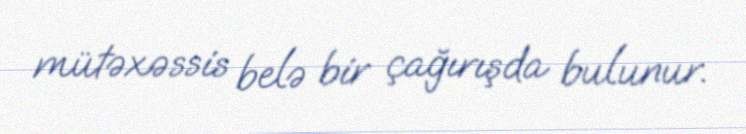
mütəxəssis belə bir çağırışda bulunur.